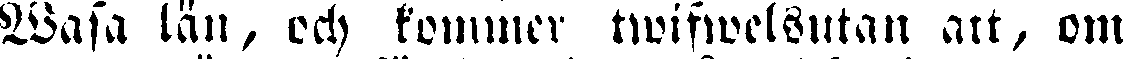
Wasa län, och kommer twifwelsutan att, om